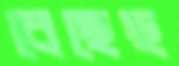
বেছেছ